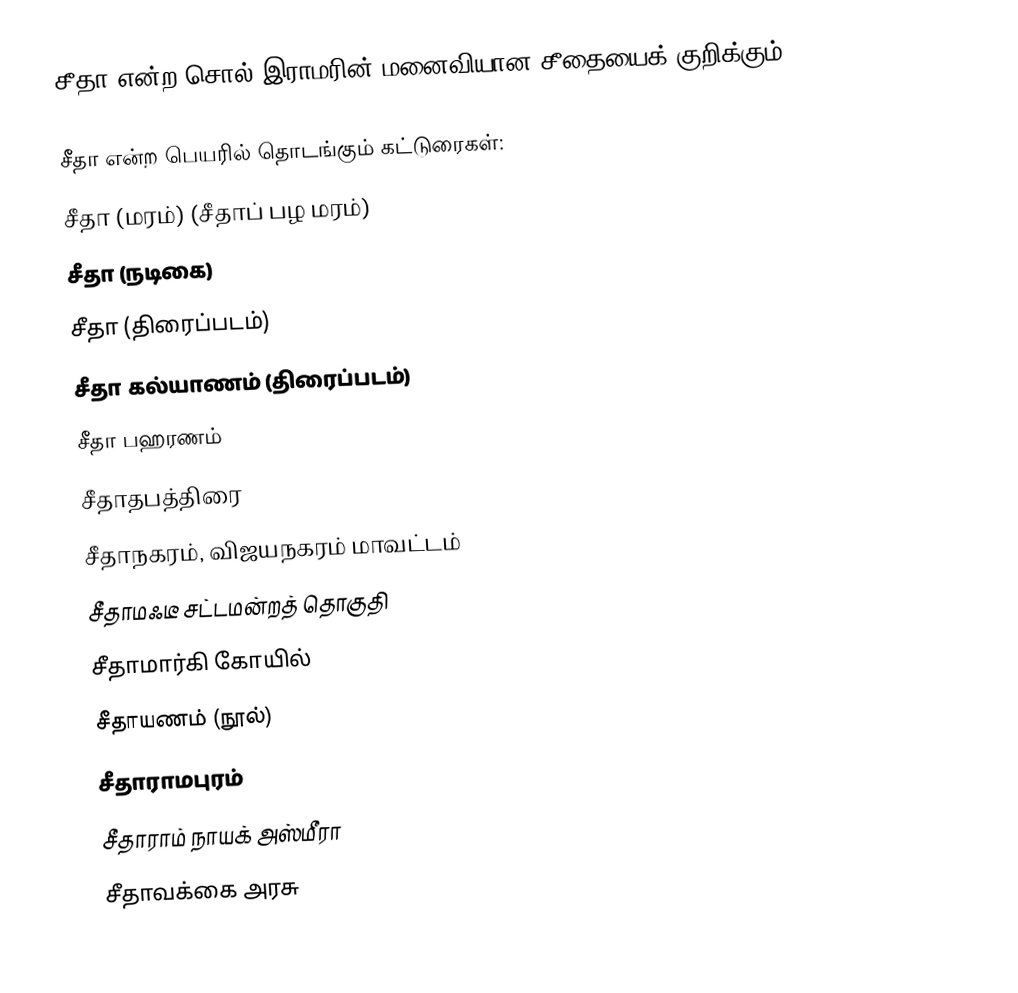
சீதா என்ற சொல் இராமரின் மனைவியான சீதையைக் குறிக்கும்.

சீதா என்ற பெயரில் தொடங்கும் கட்டுரைகள்:
 சீதா (மரம்) (சீதாப் பழ மரம்)
 சீதா (நடிகை)
 சீதா (திரைப்படம்)
 சீதா கல்யாணம் (திரைப்படம்)
 சீதா பஹரணம்
 சீதாதபத்திரை
 சீதாநகரம், விஜயநகரம் மாவட்டம்
 சீதாமஃடீ சட்டமன்றத் தொகுதி
 சீதாமார்கி கோயில்
 சீதாயணம் (நூல்)
 சீதாராமபுரம்
 சீதாராம் நாயக் அஸ்மீரா
 சீதாவக்கை அரசு